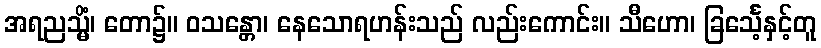
အရညသ္မိံ၊ တော၌။ ဝသန္တော၊ နေသောရဟန်းသည် လည်းကောင်း။ သီဟော၊ ခြင်္သေ့နှင့်တူ